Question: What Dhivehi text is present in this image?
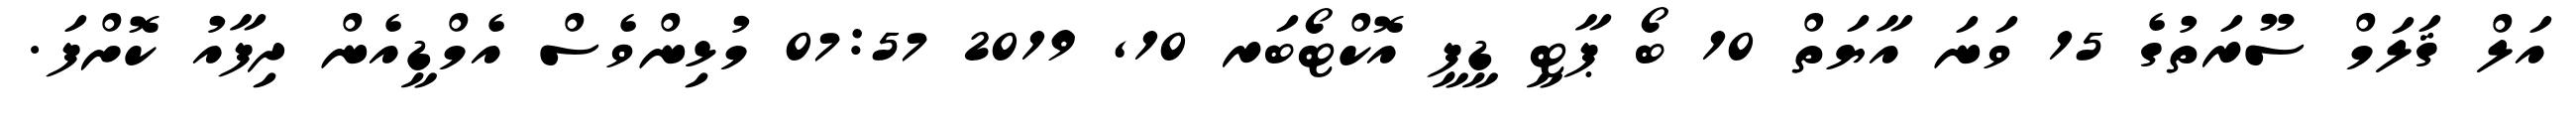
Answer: އަލް ޤަލަމް ސޫރަތުގެ 15 ވަނަ އާޔަތް 10 ބޯ ޕާޓީ ޑީޕީ އޮކްޓޯބަރ 10, 2019 07:57 މުޅިންވެސް އެމްޑީއެން ދިފާއު ކޮށްފަ.